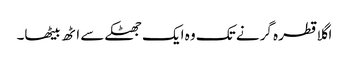
اگلا قطرہ گرنے تک وہ ایک جھٹکے سے اٹھ بیٹھا۔